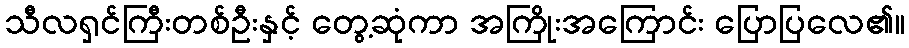
သီလရှင်ကြီးတစ်ဦးနှင့် တွေ့ဆုံကာ အကြိုးအကြောင်း ပြောပြလေ၏။